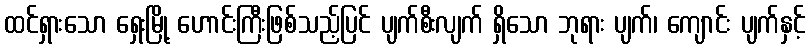
ထင်ရှားသော ရှေးမြို့ ဟောင်းကြီးဖြစ်သည့်ပြင် ပျက်စီးလျက် ရှိသော ဘုရား ပျက်၊ ကျောင်း ပျက်နှင့်